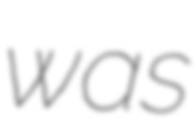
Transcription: was